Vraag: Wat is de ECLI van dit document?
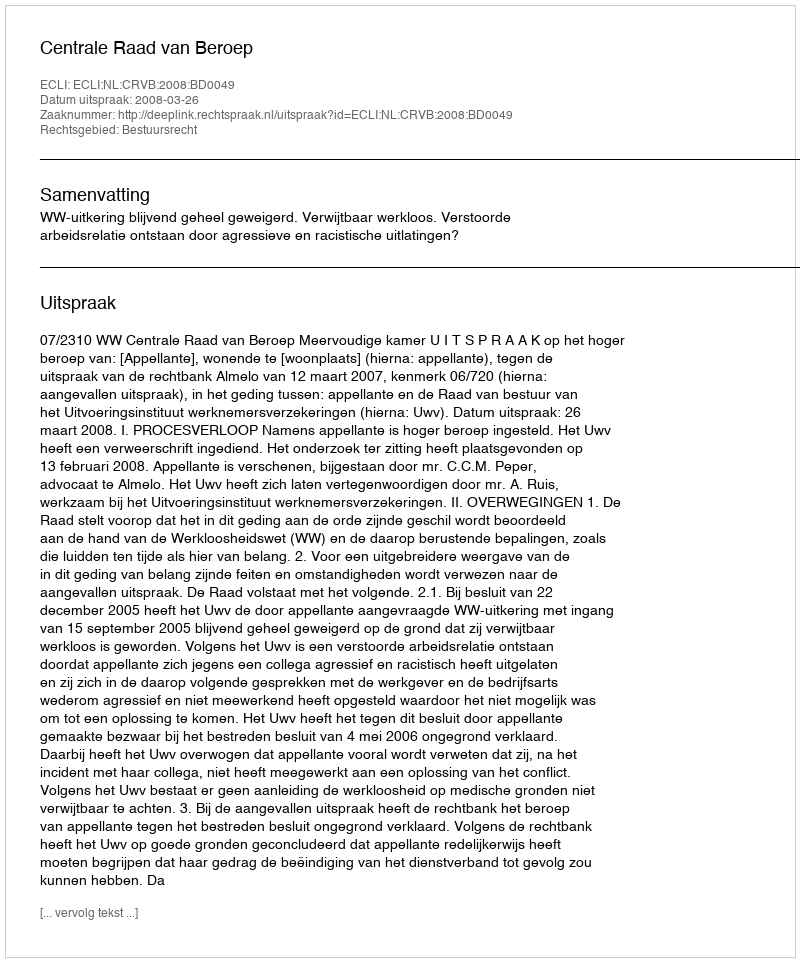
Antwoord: ECLI:NL:CRVB:2008:BD0049